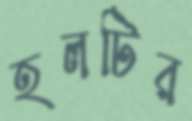
হলটির